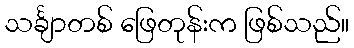
သင်္ချာတစ် ဖြေတုန်းက ဖြစ်သည်။